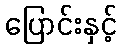
ပြောင်းနှင့်